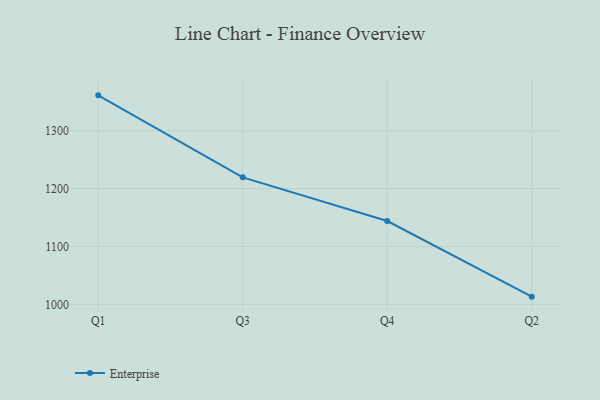
{"axis": {"x": "Quarter", "y": "Backlog"}, "legend": ["Enterprise"], "data": [{"x": "Q1", "y": 1361.0, "type": "Enterprise"}, {"x": "Q3", "y": 1219.4, "type": "Enterprise"}, {"x": "Q4", "y": 1144.0, "type": "Enterprise"}, {"x": "Q2", "y": 1013.4, "type": "Enterprise"}]}